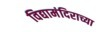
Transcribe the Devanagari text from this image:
विद्यामंदिराच्या